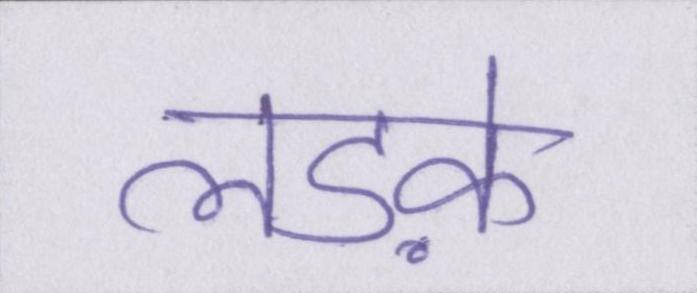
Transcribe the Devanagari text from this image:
लडक़े